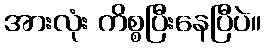
အားလုံး ကိစ္စပြီးနေပြီပဲ။